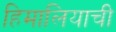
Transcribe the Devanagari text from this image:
हिमालियाची